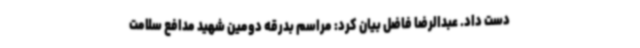
دست داد. عبدالرضا فاضل بیان کرد: مراسم بدرقه دومین شهید مدافع سلامت